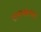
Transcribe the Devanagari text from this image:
रत्‍नभवनात